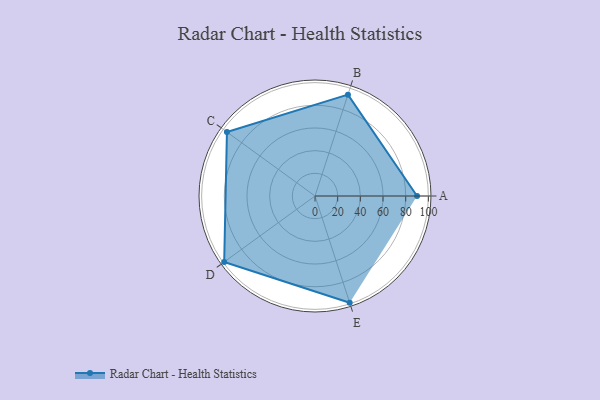
{"axis": {"x": "Skill", "y": "Score"}, "legend": ["Profile"], "data": [{"x": "A", "y": 90.0, "type": "Profile"}, {"x": "B", "y": 94.0, "type": "Profile"}, {"x": "C", "y": 96.0, "type": "Profile"}, {"x": "D", "y": 99, "type": "Profile"}, {"x": "E", "y": 99, "type": "Profile"}]}